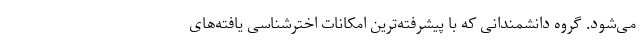
می‌شود. گروه دانشمندانی که با پیشرفته‌ترین امکانات اخترشناسی یافته‌های